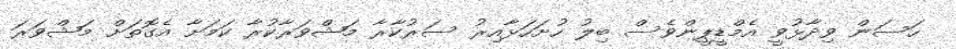
ހަސަން ވިދާޅުވީ އެމްޑީޕީންވެސް ބިލު ހުށަހަޅާއިރު ސަރުކާރާ މަޝްވަރާކުރާ ކަމަށާ އެގޮތަށް މަޝްވަރަ